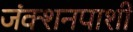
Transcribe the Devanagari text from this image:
जंक्शनपाशी